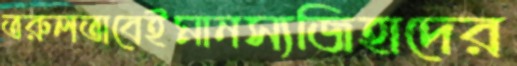
তরুলতাবেইমানস্যজিহাদের